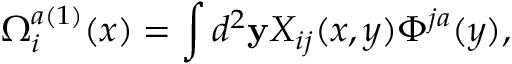
\Omega _ { i } ^ { a ( 1 ) } ( x ) = \int d ^ { 2 } { \bf y } X _ { i j } ( x , y ) \Phi ^ { j a } ( y ) ,